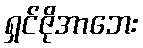
ရှင်ဇိုအာဘေး